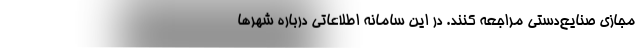
مجازی صنایع‌دستی مراجعه کنند. در این سامانه اطلاعاتی درباره شهرها